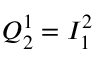
Q _ { 2 } ^ { 1 } = I _ { 1 } ^ { 2 }